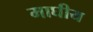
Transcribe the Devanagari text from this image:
माघीय